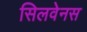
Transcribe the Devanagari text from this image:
सिलवेनस